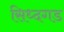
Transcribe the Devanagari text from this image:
सिध्दगड